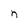
Character: n